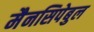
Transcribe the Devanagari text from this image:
मैनसिपेबुल